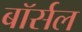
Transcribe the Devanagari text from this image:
बॉर्सल